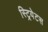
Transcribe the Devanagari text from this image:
स्ट्रियेटस